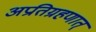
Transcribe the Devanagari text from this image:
अप्रतिग्रहणात्